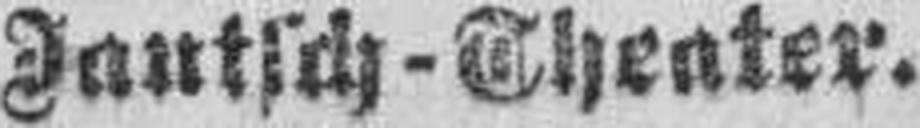
Jantsch-Theater.